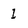
Character: 1